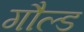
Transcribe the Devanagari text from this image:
गौल्ड